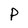
Character: P